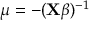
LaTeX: \mu = - ( \mathbf { X } { \boldsymbol { \beta } } ) ^ { - 1 } \,